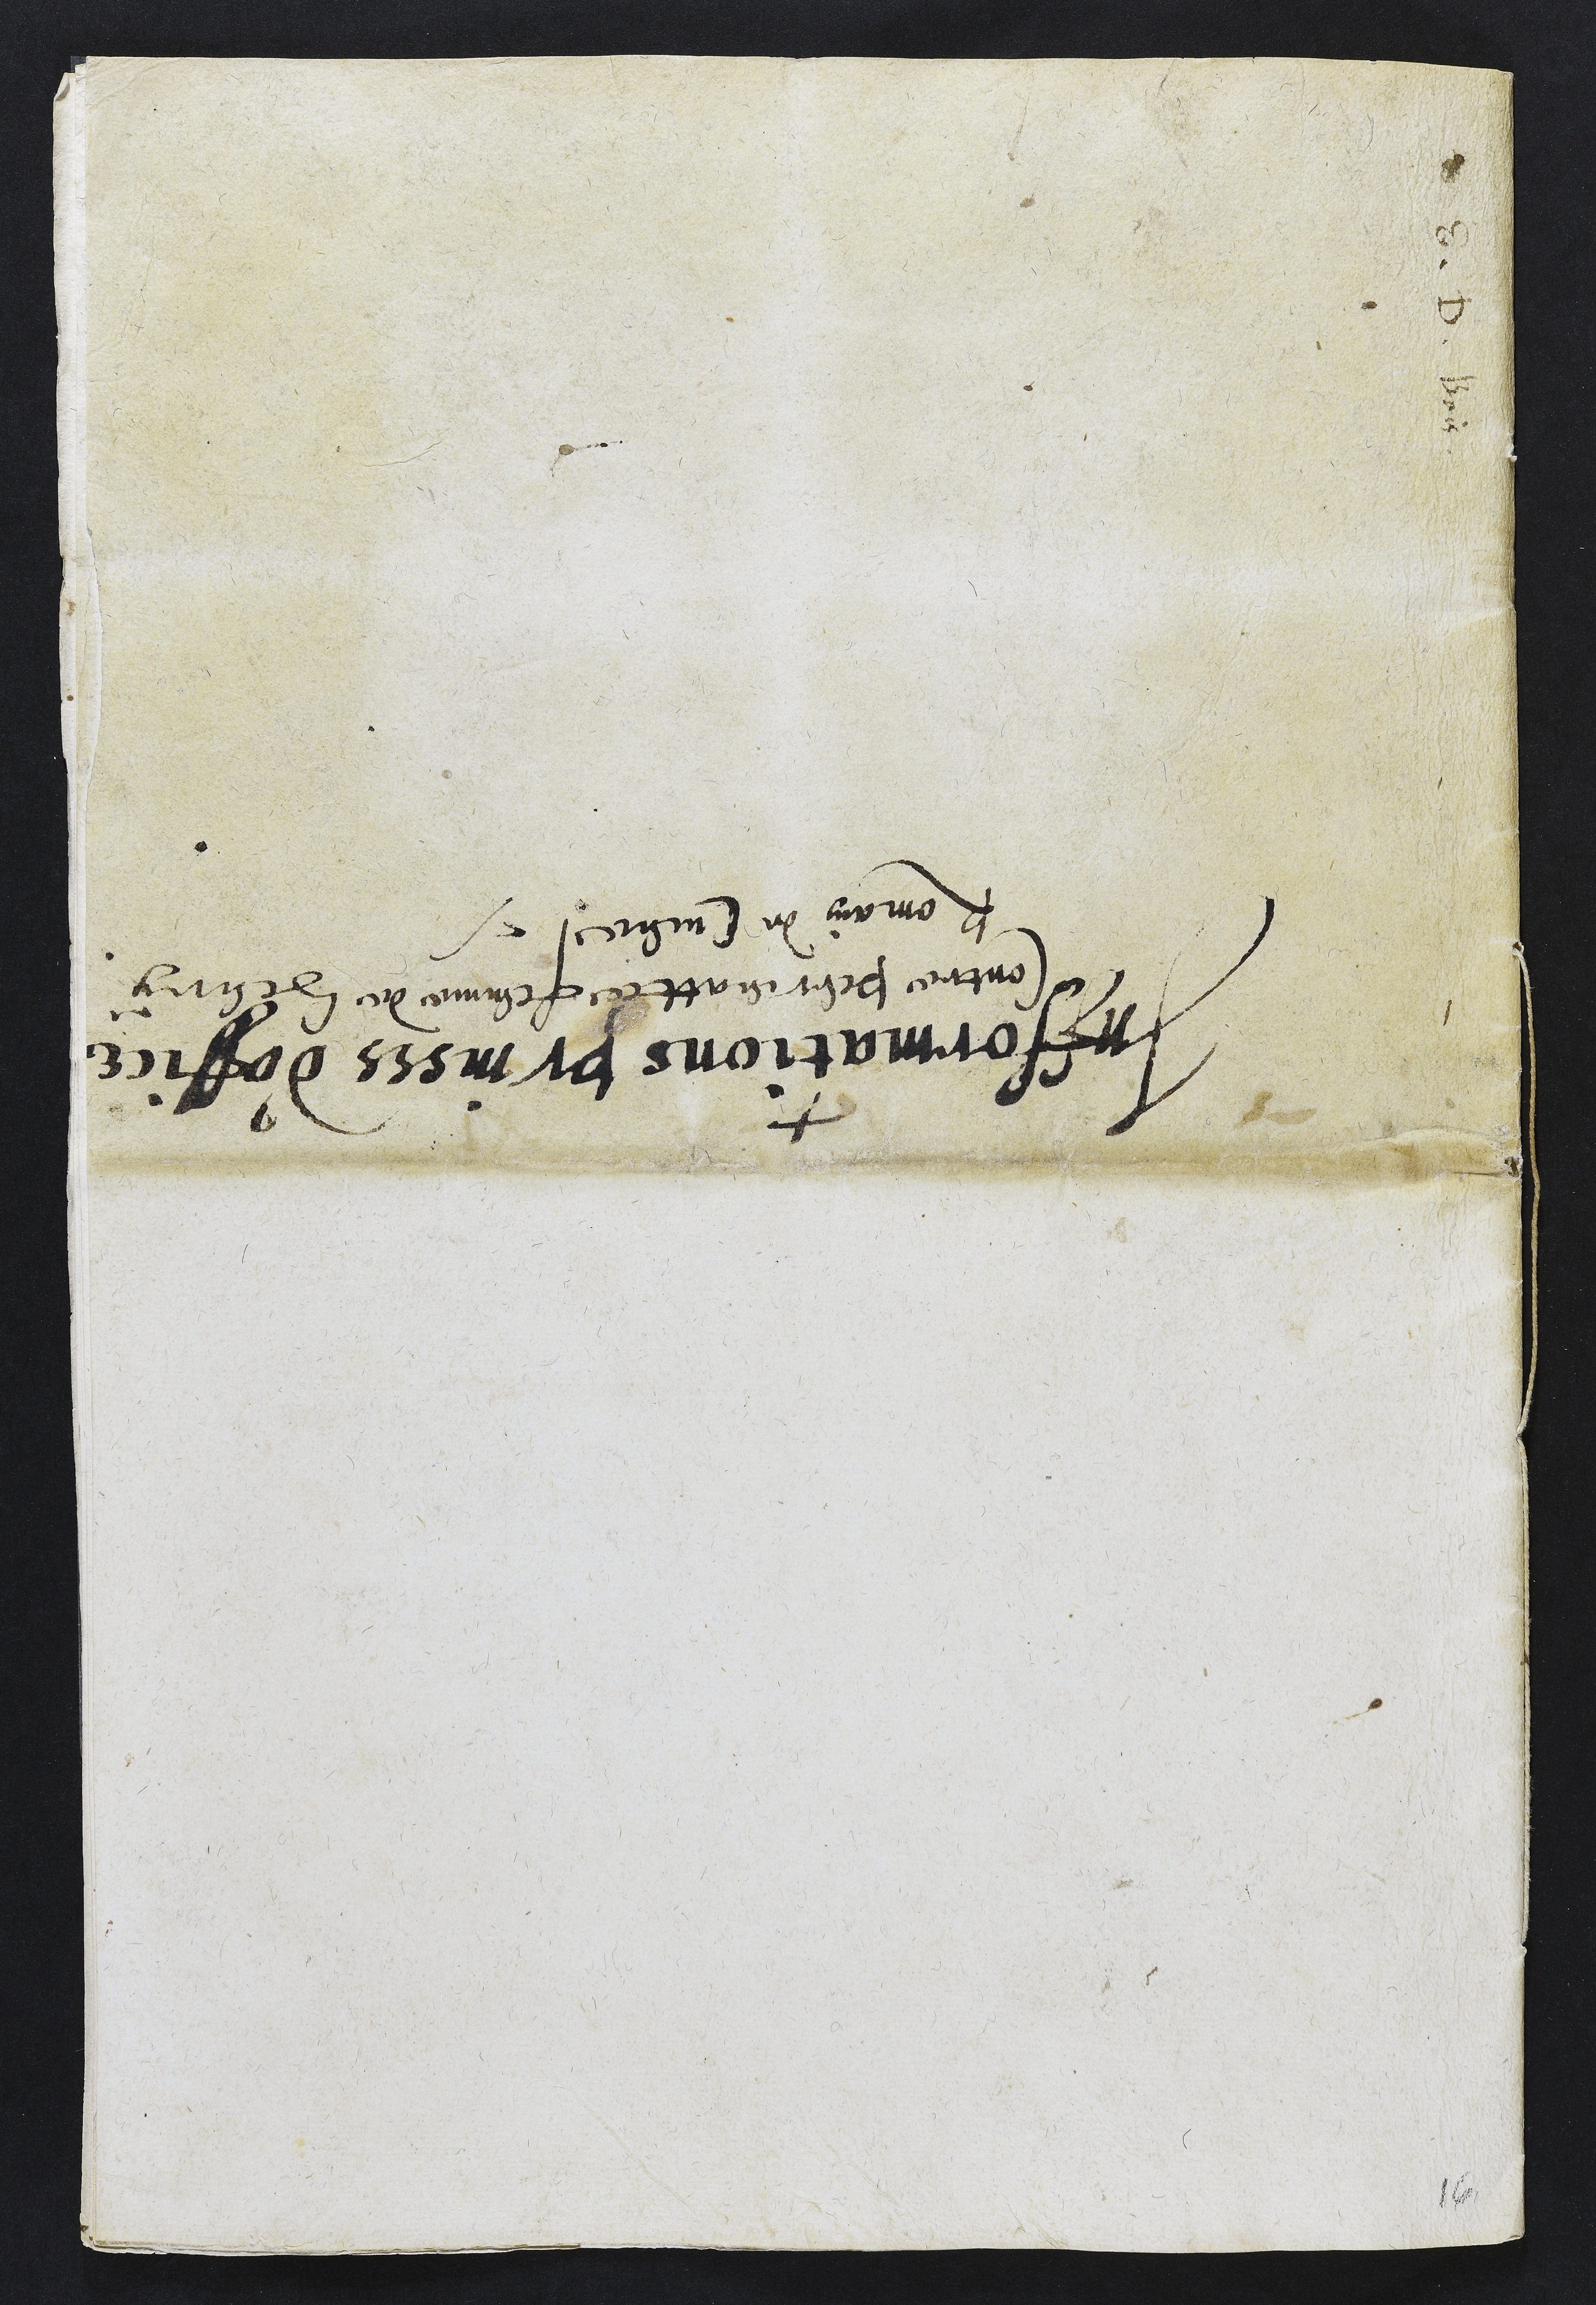
Infformations prinses d'office
Contre Perrenatte femme de Henry
Romain de Cueve

16